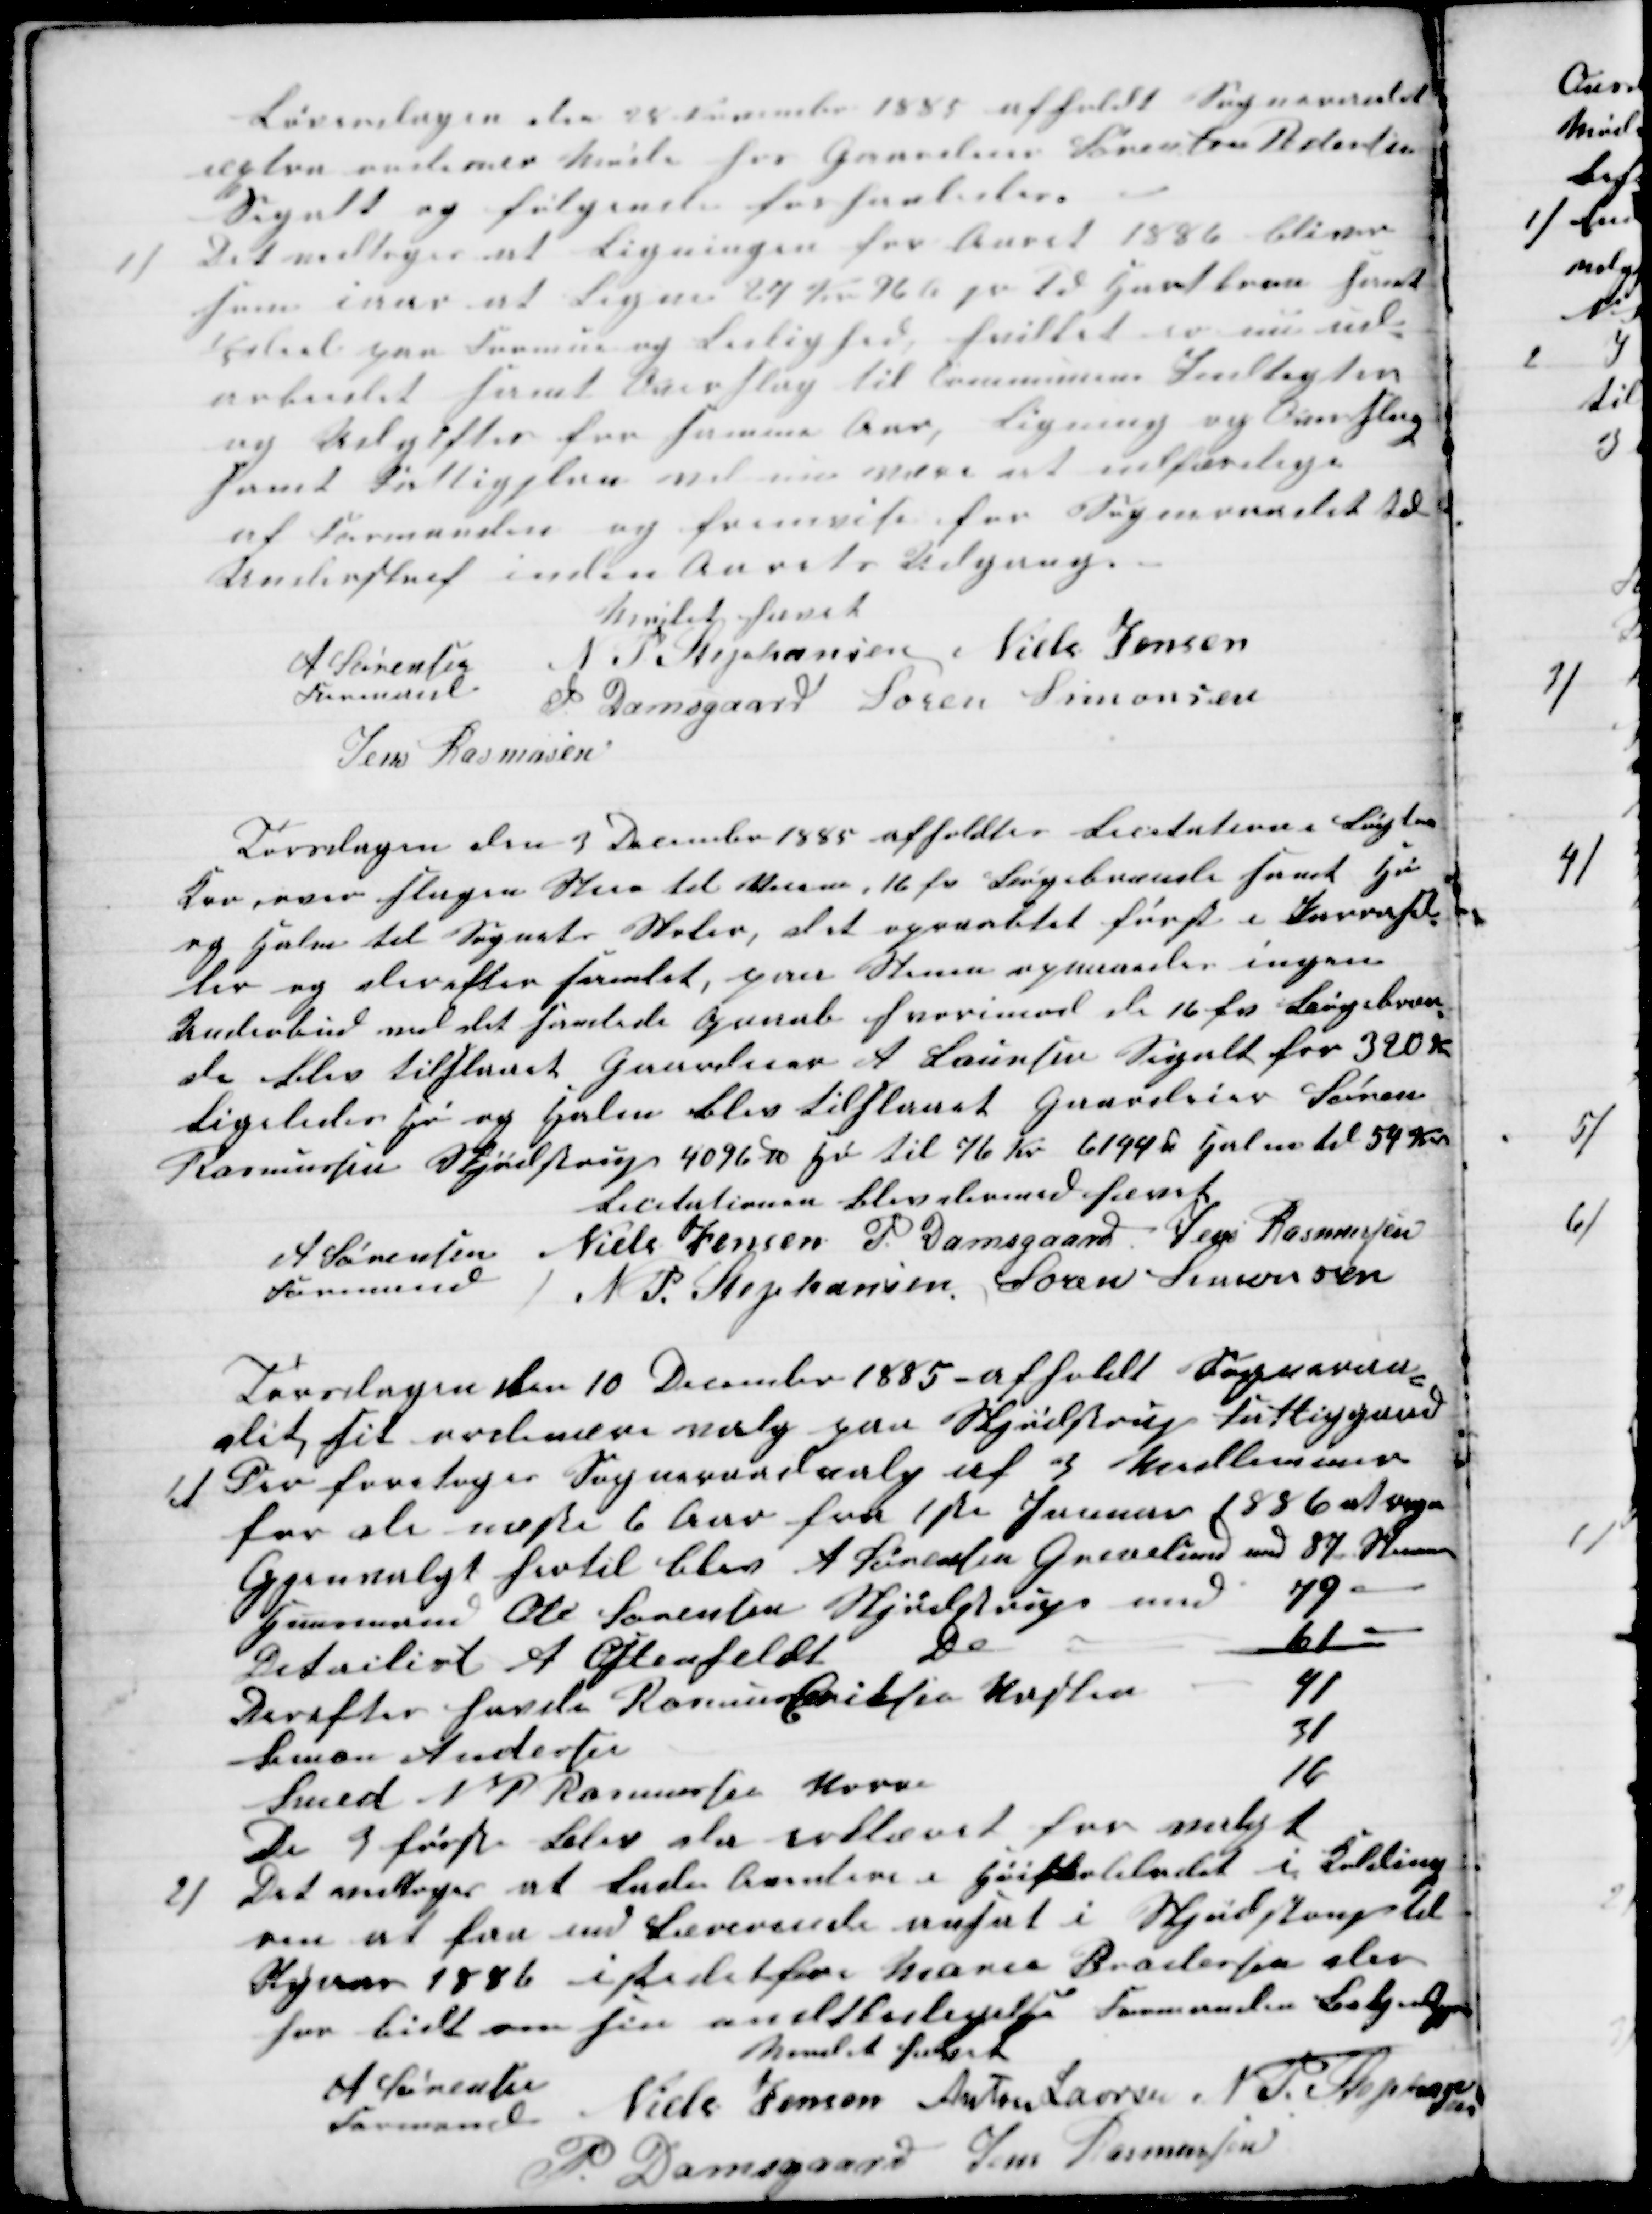
Transskription:
Løverdagen den 28 November 1885 afholdt Sogneraadet
extra ordinær Møde hos Gaardeier Søren  Pedersen
Segalt og følgende forhanledes.
1)
Det vedtoges at Ligningen for Aaret 1886 bliver
som iaar at Ligne 24 Kr 96 Ø pr Td Hartkorn samt
1/5  deel på Formue og Leilighed, hvilket er nu ud-
arbeidet samt Overslag til Communens Indtægter
og Udgifter for samme Aar, Ligning og Overslag
samt Fattigplan vil nu være at udfærdige
af Formanden og fremvise for Sogneraadet til
Underskrift inden Aarets Udgang.
Mødet hævet
A Sørensen
Formand
N P Stephansen Niels Jensen
P Damsgaard Søren Simonsen
Jens Rasmusen
Torsdagen den 3 December 1885 afholdtes Licitation i Løgten
Kro over slagen Steen til Veiene, 16 fv Bøgebrænde samt Hø
og Halm til Sognets Skoler, det opraabtet først i Parrasel-
ler og derefter samlet, paa Steen opnaaedes ingen
Underbud ved det samlede Opraab hvorimod de 16 fv Bøgebræn-
de blev tilstaaet Gaardeier A Laursen Segalt for 320 Kr
Ligeledes Hø og Halm blev tilstaaet Gaardeier Søren
Rasmussen Skjødstrup 4096 ℔ Hø til 76 Kr 6144 ℔ Halm til 54 Kr
Licitationen blev dermed hævet
A Sørensen 
Formand
Niels Jensen P. Damsgaard Jens Rasmussen
N. P. Stephansen Søren Simonsen
Torsdagen den 10 December 1885 - afholdt Sogneraa-
det sit ordinære Valg paa Skjødstrup Fattiggaard
1) Der foretoges Sogneraadvalg af 3 Medlemmer
for de næste 6 Aar fra 1ste Januar 1886 at regne
Gjenvalgt hertil blev A Sørensen Grevelund med 87 Stemmer
Huusmand Ole Sørensen Skjødstrup med 79 -
Detailist A Ostenfeldt Do
61-
Derefter havde Rasmus Cristen Vasken
41
Simon Andersen
31
Smed N P Rasmussen Vorre
16
De 3 første blev da erklæret for valgt
2) Det vedtoges at lade avertere i Høiskolebladet i Kolding
om at faa end Lærerinde ansat i Skjødstrup til
Nyaar 1886 istedetfor Marie Brodersen der
har bedt om sin endtledigelse Formanden Bekjendtgjør
Møder hævet
A Sørensen
Formand
Niels Jensen Anton Laursen, N. P. Stephansen
P. Damsgaard
Jens Rasmusen